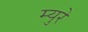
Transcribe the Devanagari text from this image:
म्‍युरे